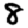
Digit: 8